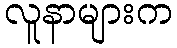
လူနာများက